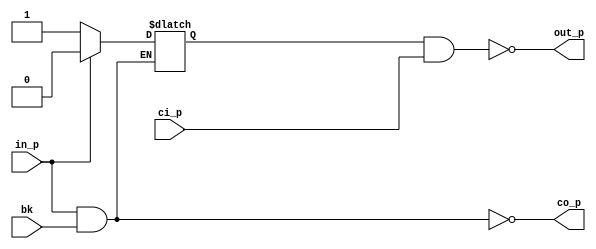
// This program was cloned from: https://github.com/intel/aib-phy-hardware
// License: Apache License 2.0

// SPDX-License-Identifier: Apache-2.0
// Copyright (C) 2019 Intel Corporation. All rights reserved

//---------------------------------------------------------------------------------------------------------------------------------------------
// aibcr3_dlycell_dll.v 
//---------------------------------------------------------------------------------------------------------------------------------------------
`timescale 1ps/1ps
module aibcr3_dlycell_dll_c (
input         in_p,
input         bk,
input         ci_p,
output        out_p,
output        co_p
);

`ifdef TIMESCALE_EN
                timeunit 1ps;
                timeprecision 1ps;
`endif

parameter   NAND_DELAY = 20;
/*
wire   tp;
wire   fp;
wire   tn;
wire   fn;

assign #NAND_DELAY co_p  = ~(in_p & bk);
assign #NAND_DELAY tp    = ~(in_p & fp);
assign #NAND_DELAY fp    = ~(tp & bk);
assign #NAND_DELAY out_p = ~(tp & ci_p);
assign #NAND_DELAY co_n  = ~(in_n & bk);
assign #NAND_DELAY tn    = ~(in_n & fn);
assign #NAND_DELAY fn    = ~(tn & bk);
assign #NAND_DELAY out_n = ~(tn & ci_n);
*/

reg    tp;

assign #NAND_DELAY co_p  = ~(in_p & bk);

always @(*)
  if (~in_p)    tp <= #NAND_DELAY 1'b1;
  else if (~bk) tp <= #NAND_DELAY 1'b0;

assign #NAND_DELAY out_p = ~(tp & ci_p);


endmodule